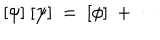
LaTeX: [ \psi ] ~ [ \psi ] ~ = ~ [ \phi ] ~ + ~ \cdots